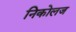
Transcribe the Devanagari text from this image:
निकोलज